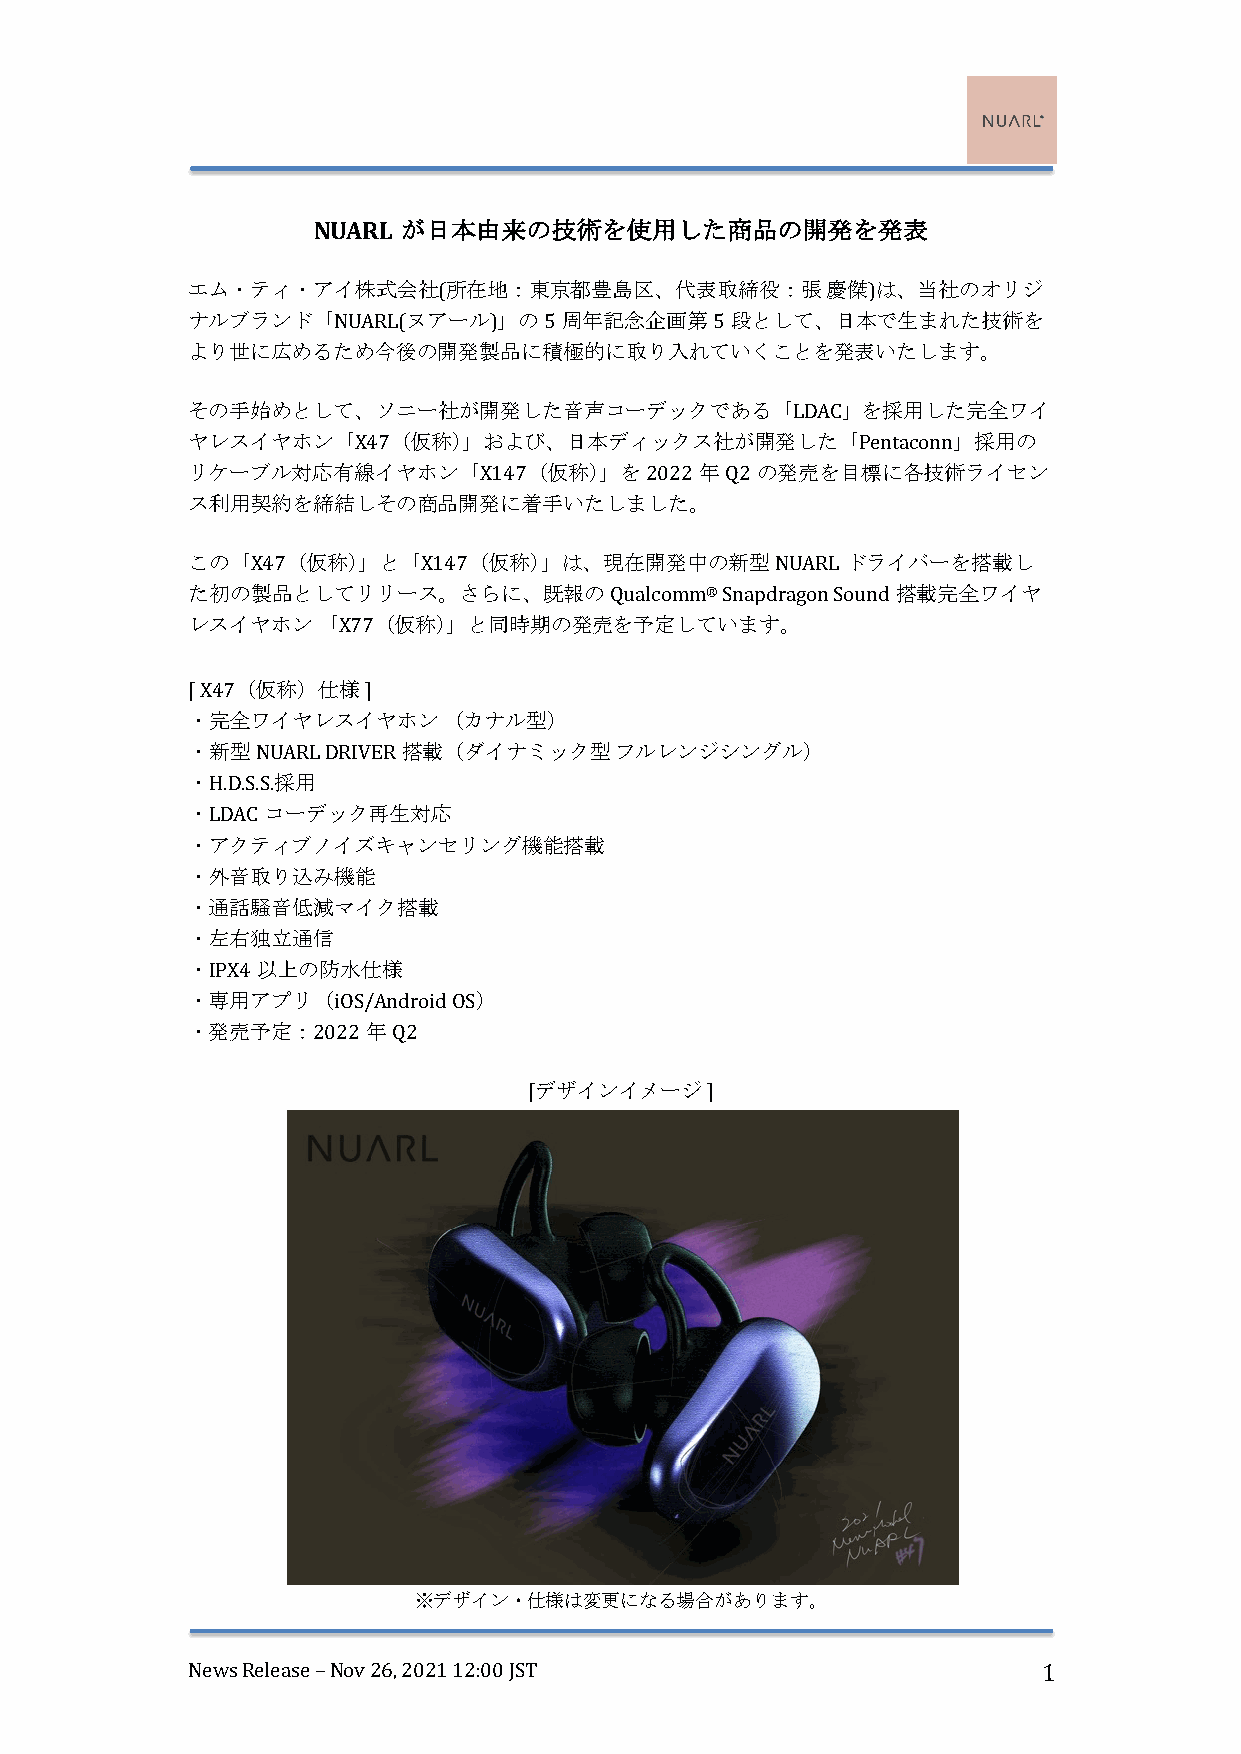
NUARL が日本由来の技術を使用した商品の開発を発表
 エム・ティ・アイ株式会社(所在地：東京都豊島区、代表取締役：張            慶傑)は、当社のオリジ
 ナルブランド「NUARL(ヌアール)」の5    周年記念企画第5   段として、日本で生まれた技術を
 より世に広めるため今後の開発製品に積極的に取り入れていくことを発表いたします。
 その手始めとして、ソニー社が開発した音声コーデックである「LDAC」を採用した完全ワイ
 ヤレスイヤホン「X47（仮称）」および、日本ディックス社が開発した「Pentaconn」採用の
 リケーブル対応有線イヤホン「X147（仮称）」を2022      年Q2 の発売を目標に各技術ライセン
 ス利用契約を締結しその商品開発に着手いたしました。
 この「X47（仮称）」と「X147（仮称）」は、現在開発中の新型NUARL       ドライバーを搭載し
 た初の製品としてリリース。さらに、既報のQualcomm®       Snapdragon Sound 搭載完全ワイヤ
 レスイヤホン   「X77（仮称）」と同時期の発売を予定しています。
 [ X47（仮称）仕様 ]
 ・完全ワイヤレスイヤホン     （カナル型）
 ・新型NUARL DRIVER 搭載（ダイナミック型   フルレンジシングル）
 ・H.D.S.S.採用
 ・LDAC コーデック再生対応
 ・アクティブノイズキャンセリング機能搭載
 ・外音取り込み機能
 ・通話騒音低減マイク搭載
 ・左右独立通信
 ・IPX4 以上の防水仕様
 ・専用アプリ（iOS/Android OS）
 ・発売予定：2022  年Q2
 [デザインイメージ   ]
 ※デザイン・仕様は変更になる場合があります。
 News Release – Nov 26, 2021 12:00 JST                    1